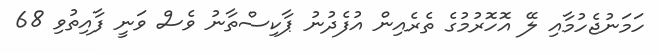
ހަމަނުޖެހުމާއި ލޭ އޮހޮރުމުގެ ތެރެއިން އުފެދުނު ޕާކިސްތާނު ވެސް ވަނީ ފާއިތުވި 68